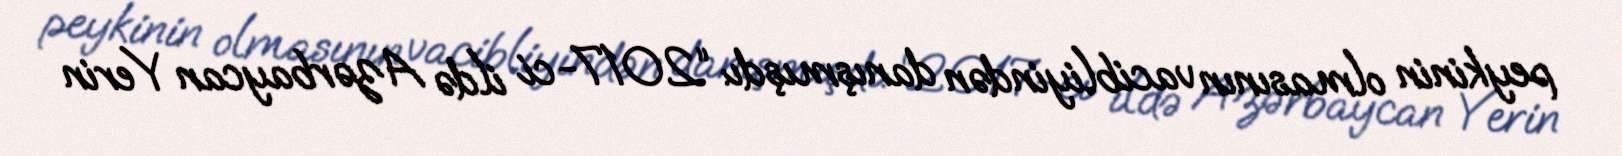
peykinin olmasının vacibliyindən danışmışdı: “2017-ci ildə Azərbaycan Yerin